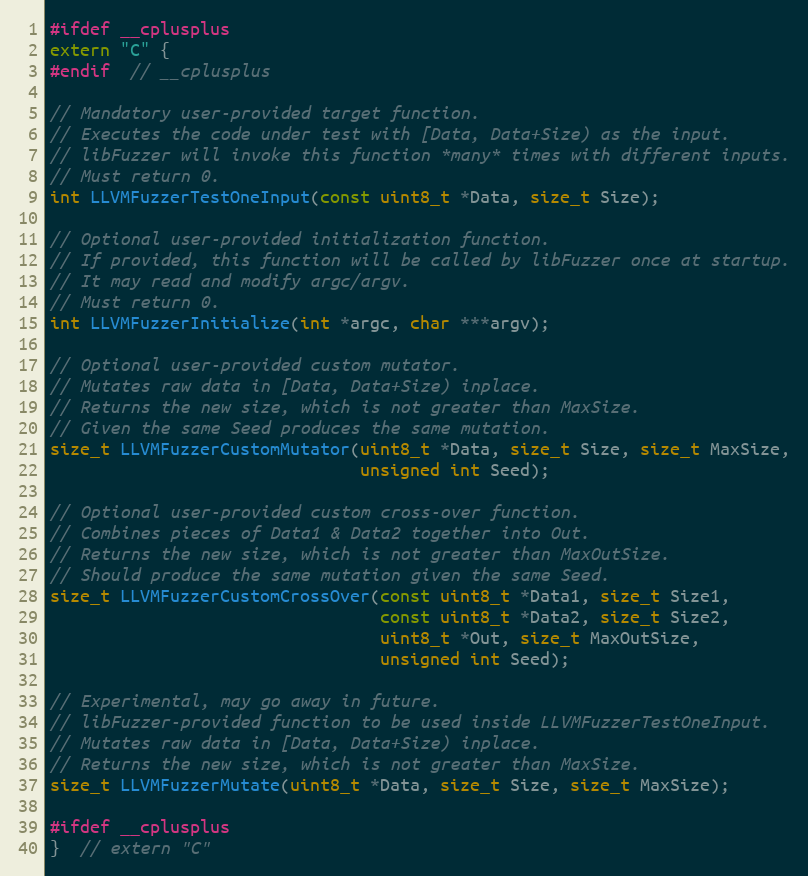
Language: C
#ifdef __cplusplus
extern "C" {
#endif  // __cplusplus

// Mandatory user-provided target function.
// Executes the code under test with [Data, Data+Size) as the input.
// libFuzzer will invoke this function *many* times with different inputs.
// Must return 0.
int LLVMFuzzerTestOneInput(const uint8_t *Data, size_t Size);

// Optional user-provided initialization function.
// If provided, this function will be called by libFuzzer once at startup.
// It may read and modify argc/argv.
// Must return 0.
int LLVMFuzzerInitialize(int *argc, char ***argv);

// Optional user-provided custom mutator.
// Mutates raw data in [Data, Data+Size) inplace.
// Returns the new size, which is not greater than MaxSize.
// Given the same Seed produces the same mutation.
size_t LLVMFuzzerCustomMutator(uint8_t *Data, size_t Size, size_t MaxSize,
                               unsigned int Seed);

// Optional user-provided custom cross-over function.
// Combines pieces of Data1 & Data2 together into Out.
// Returns the new size, which is not greater than MaxOutSize.
// Should produce the same mutation given the same Seed.
size_t LLVMFuzzerCustomCrossOver(const uint8_t *Data1, size_t Size1,
                                 const uint8_t *Data2, size_t Size2,
                                 uint8_t *Out, size_t MaxOutSize,
                                 unsigned int Seed);

// Experimental, may go away in future.
// libFuzzer-provided function to be used inside LLVMFuzzerTestOneInput.
// Mutates raw data in [Data, Data+Size) inplace.
// Returns the new size, which is not greater than MaxSize.
size_t LLVMFuzzerMutate(uint8_t *Data, size_t Size, size_t MaxSize);

#ifdef __cplusplus
}  // extern "C"